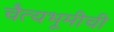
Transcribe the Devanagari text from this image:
चैत्यभूमीची